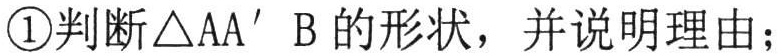
\textcircled{1}判断\(\triangle AA'B\)的形状，并说明理由；